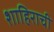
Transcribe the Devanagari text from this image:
शाहिराची